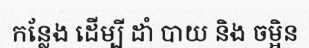
កន្លែង ដើម្បី ដាំ បាយ និង ចម្អិន